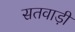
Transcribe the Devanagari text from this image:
सतवाड़ी